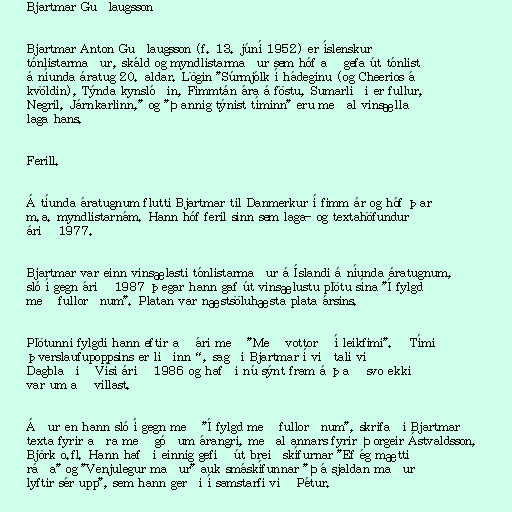
Bjartmar Guðlaugsson

Bjartmar Anton Guðlaugsson (f. 13. júní 1952) er íslenskur
tónlistarmaður, skáld og myndlistarmaður sem hóf að gefa út tónlist
á níunda áratug 20. aldar. Lögin "Súrmjólk í hádeginu (og Cheerios á
kvöldin), Týnda kynslóðin, Fimmtán ára á föstu, Sumarliði er fullur,
Negril, Járnkarlinn," og "Þannig týnist tíminn" eru meðal vinsælla
laga hans.

Ferill.

Á tíunda áratugnum flutti Bjartmar til Danmerkur í fimm ár og hóf þar
m.a. myndlistarnám. Hann hóf feril sinn sem laga- og textahöfundur
árið 1977.

Bjartmar var einn vinsælasti tónlistarmaður á Íslandi á níunda áratugnum,
sló í gegn árið 1987 þegar hann gaf út vinsælustu plötu sína "Í fylgd
með fullorðnum". Platan var næstsöluhæsta plata ársins.

Plötunni fylgdi hann eftir að ári með "Með vottorð í leikfimi". „Tími
þverslaufupoppsins er liðinn“, sagði Bjartmar í viðtali við
Dagblaðið Vísi árið 1986 og hafði nú sýnt fram á það svo ekki
var um að villast.

Áður en hann sló í gegn með "Í fylgd með fullorðnum", skrifaði Bjartmar
texta fyrir aðra með góðum árangri, meðal annars fyrir Þorgeir Ástvaldsson,
Björk o.fl. Hann hafði einnig gefið út breiðskífurnar "Ef ég mætti
ráða" og "Venjulegur maður" auk smáskífunnar "Þá sjaldan maður
lyftir sér upp", sem hann gerði í samstarfi við Pétur.